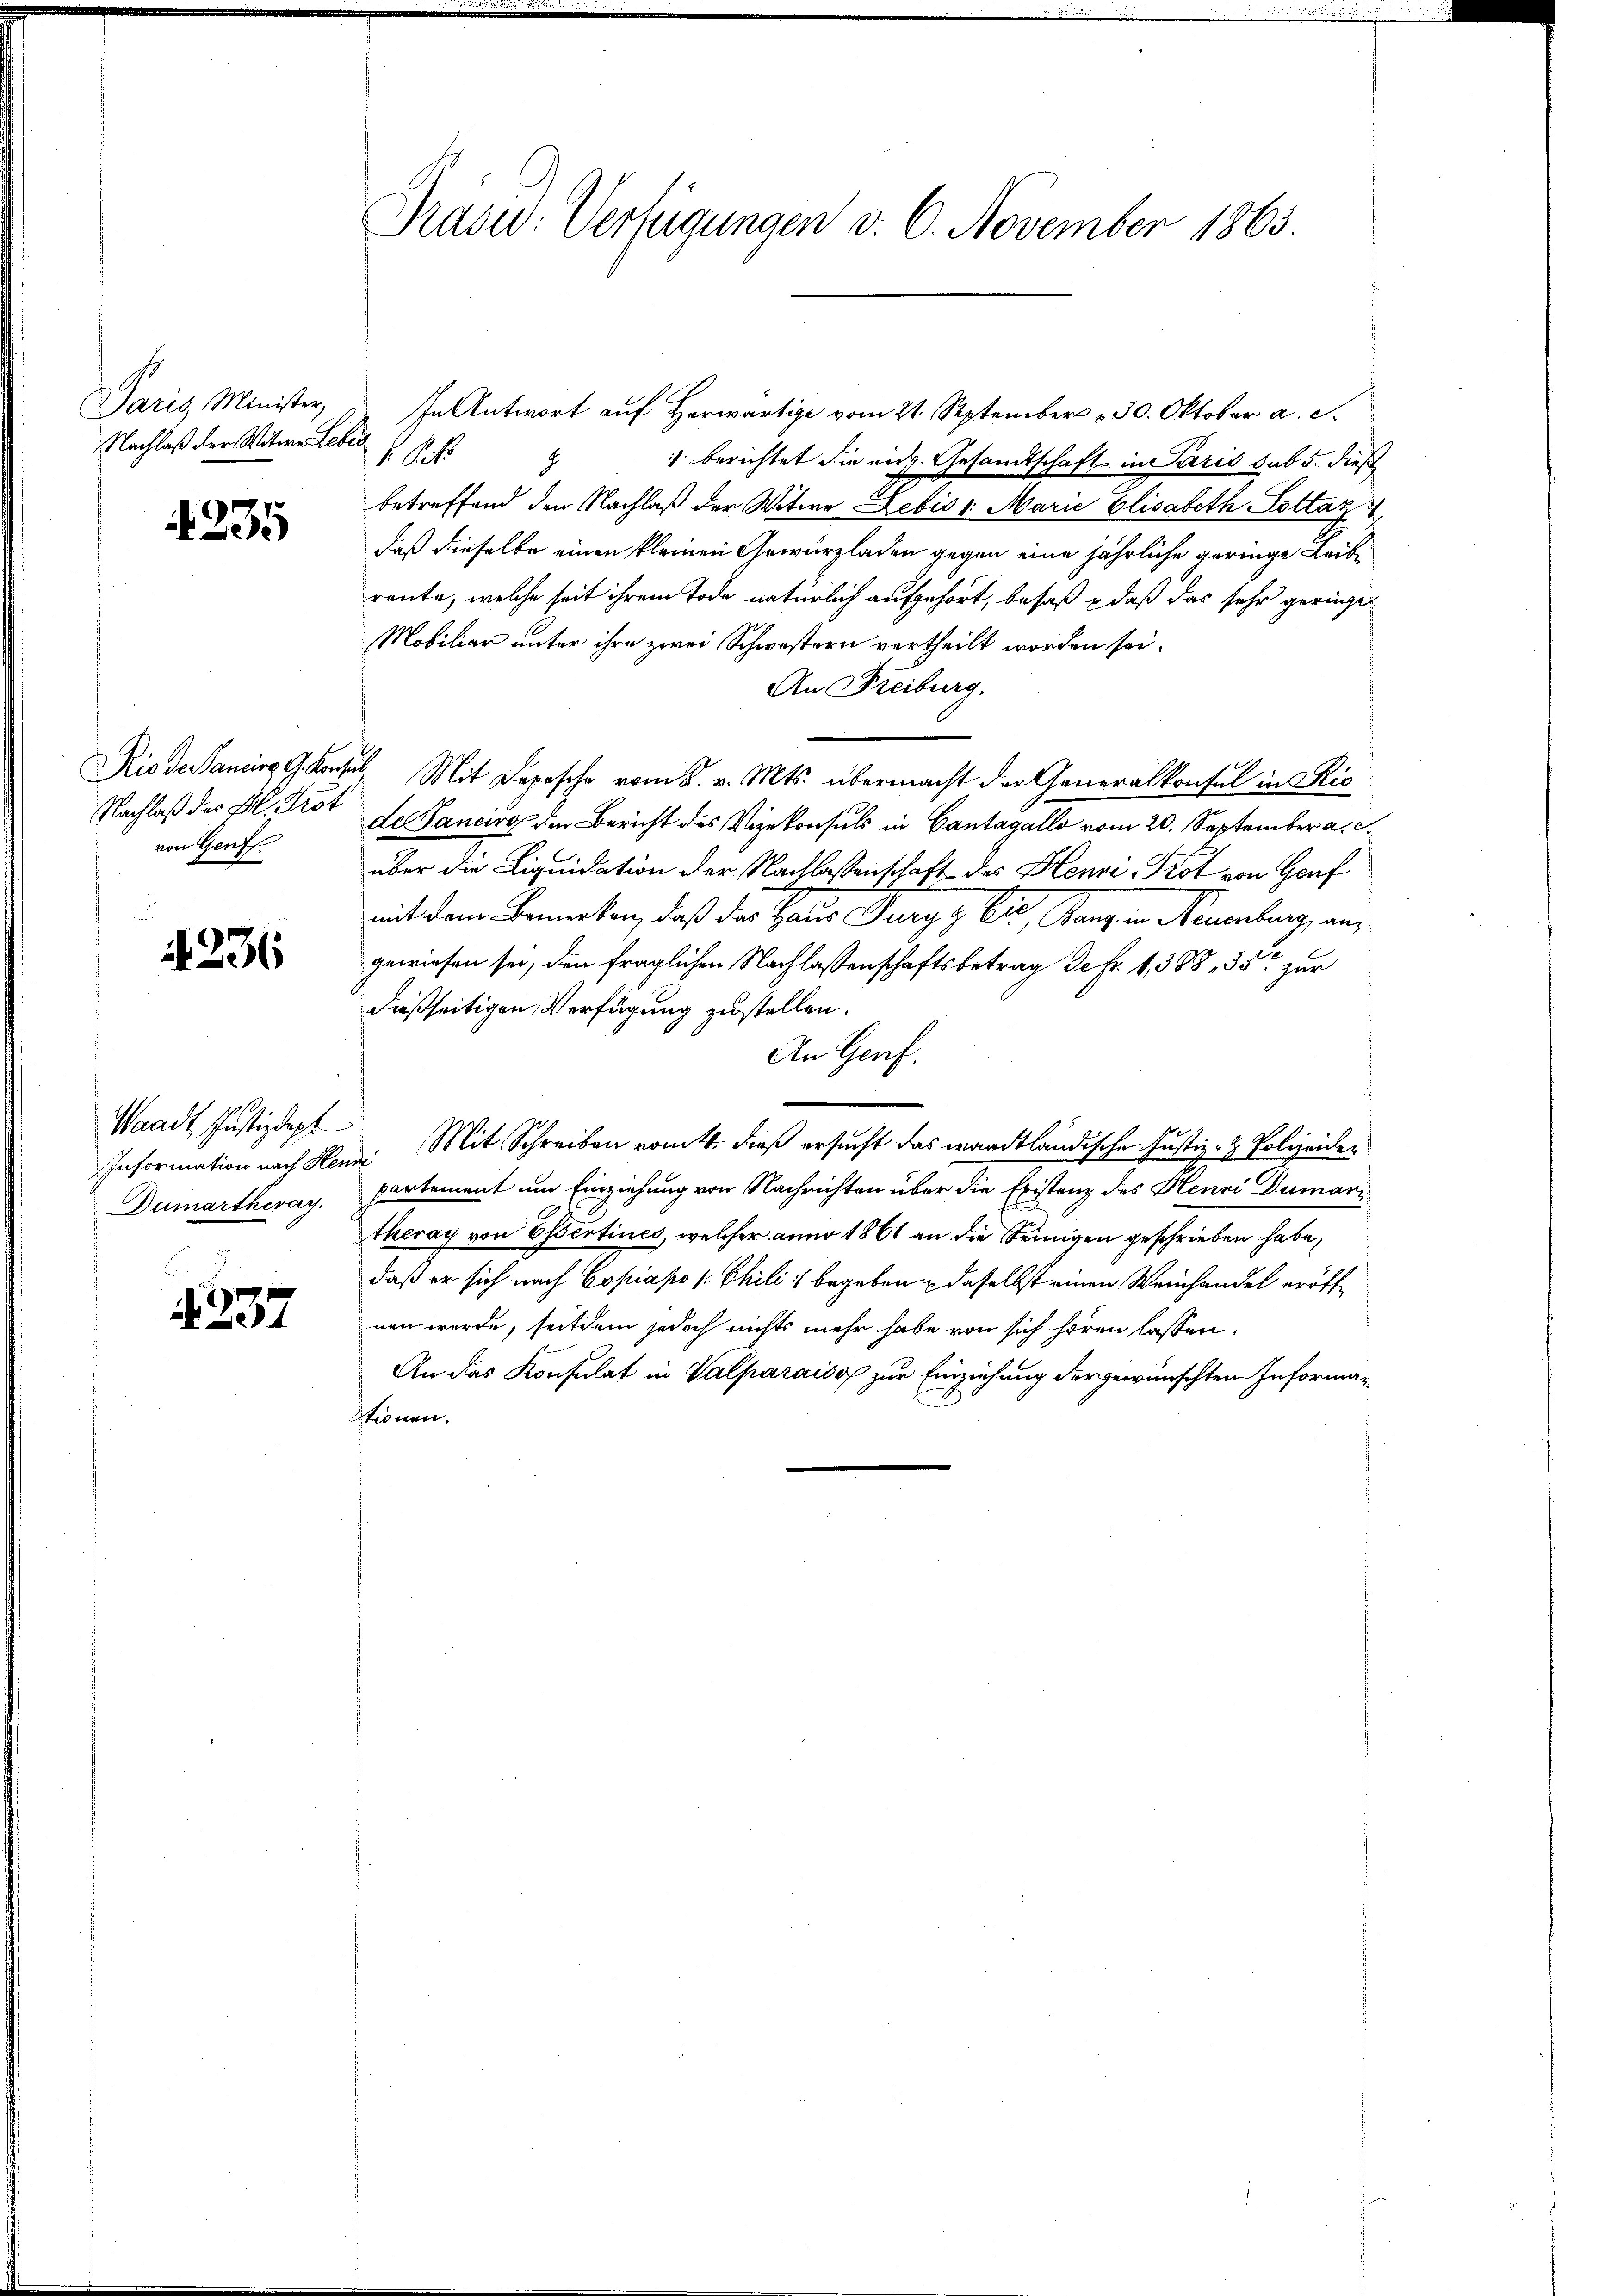
Paris Minister,
Nachlaß der Witwe Lebis

235

Nachlaß der Frl. Trot
von Genf.

236

Waadt, Justizdepf
Information nach Hen.
Dumartheray.

4337

Prasw: Verfügungen v. 6. November 1863.

In Antwort auf Herwärtige vom 21. September 130. Oktober a. S.
 Pct.
 berichtet die eidg. Gesamtschaft in Paris sub 5. dies
E
betreffend den Nachlaß der Witwe Lebis 1. Marie Elisabeth Cottaz
daß dieselbe einen kleinen Gewürzladen gegen eine jährliche geringe Leibreute, welche seit ihrem Tode natürlich aufgehört, besaß – daß das sehr geringet
Mobiliar unter ihre zwei Schwestern vertheilt worden sei.
An Freiburg.
Rio de Sancir G. Konsul, Mit Depesche vom 2. v. Mts. übermacht der Generalkonsul in Ric
de Sancirg den Bericht des Vizekonsuls in Cantagallo vom 20. September a. c.
über die Liquidation der Nachlassenschaft des Henri Prot von Genf
mit dem Bemerken, daß das Haus Furg & Eis, Bang, in Neuenburg, angewiesen sei, den fraglichen Nachlassenschaftsbetrag defr. 1, 388, 35 zur
dießseitigen Verfügung zustellen.
An Genf.
. Mit Schreiben vom 4. dieß ersucht das waadtländische Justiz- & Polizeider
partement um Einziehung von Nachrichten über die Existenz des Henri Dumari
theray von Essertines, welcher anno 1861 an die Seinigen geschrieben habe,
daß er sich nach Copiapo /: Phili begeben – daselbst einen Weinhandel eröffnen wurde, seitdem jedoch nichts mehr habe von sich hören lassen,
An das Konsulat in Valparaiso zur Einziehung der gewünschten Informationen.